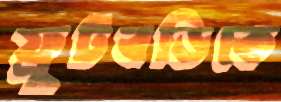
ফ্রুটবডিকে